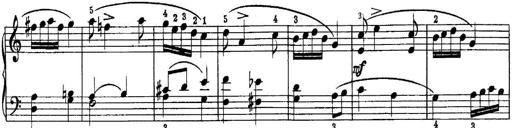
Title: Quatres sonatines
Composer: Tadeusz Joteyko